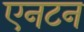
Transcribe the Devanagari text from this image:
एनटन